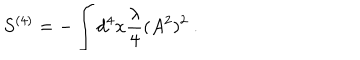
LaTeX: S ^ { ( 4 ) } = - \int d ^ { 4 } x \frac { \lambda } { 4 } ( A ^ { 2 } ) ^ { 2 } \ .